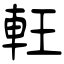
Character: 軖